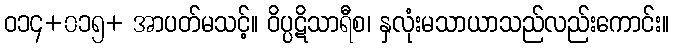
ဝ၁၄+၀၁၅+ အာပတ်မသင့်။ ဝိပ္ပဋိသာရီစ၊ နှလုံးမသာယာသည်လည်းကောင်း။